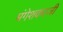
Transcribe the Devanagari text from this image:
मंगेशकरजी